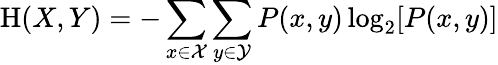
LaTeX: \mathrm{H}(X,Y)=-\sum_{x\in{\mathcal{X}}}\sum_{y\in{\mathcal{Y}}}P(x,y)\log_{2}[P(x,y)]